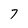
Character: 7